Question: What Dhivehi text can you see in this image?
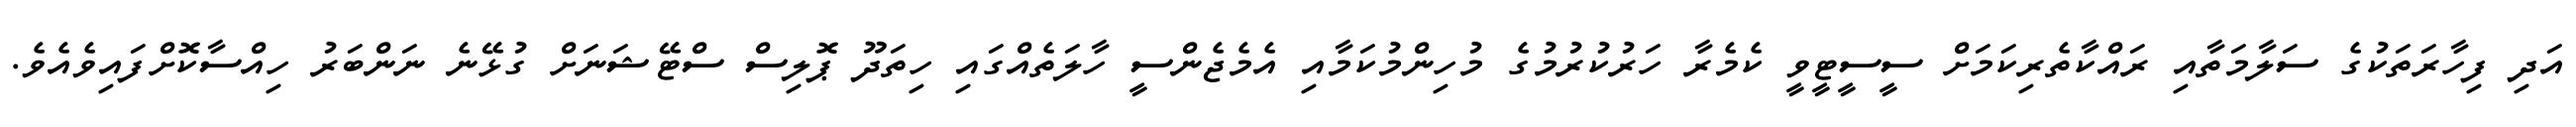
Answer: އަދި ފިހާރަތަކުގެ ސަލާމަތާއި ރައްކާތެރިކަމަށް ސީސީޓީވީ ކެމެރާ ހަރުކުރުމުގެ މުހިންމުކަމާއި އެމެޖެންސީ ހާލަތެއްގައި ހިތަދޫ ޕޮލިސް ސްޓޭޝަނަށް ގުޅޭނެ ނަންބަރު ހިއްސާކޮށްފައިވެއެވެ.